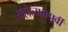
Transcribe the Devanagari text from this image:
महोत्सवापूर्वी